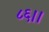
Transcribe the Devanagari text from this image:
८६।।